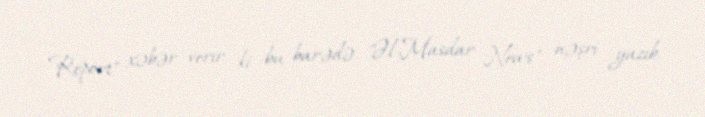
Report" xəbər verir ki, bu barədə "Əl-Masdar News" nəşri yazıb.